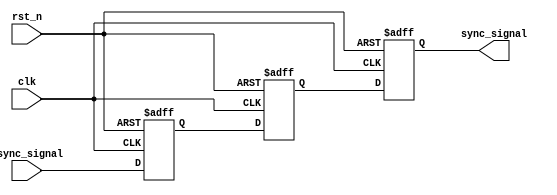
module triple_ff_synchronizer (
    input wire clk,               // Clock signal
    input wire rst_n,             // Active low reset signal
    input wire async_signal,       // Asynchronous input signal
    output reg sync_signal         // Synchronized output signal
);

    // Internal signals for the flip-flops
    reg sync_signal_1;
    reg sync_signal_2;

    // Triple Flip-Flop Synchronizer
    always @(posedge clk or negedge rst_n) begin
        if (!rst_n) begin
            // Reset all flip-flops to 0
            sync_signal_1 <= 1'b0;
            sync_signal_2 <= 1'b0;
            sync_signal   <= 1'b0;
        end else begin
            // Capture the asynchronous signal in the first flip-flop
            sync_signal_1 <= async_signal;
            // Capture the output of the first flip-flop in the second flip-flop
            sync_signal_2 <= sync_signal_1;
            // Capture the output of the second flip-flop in the third flip-flop
            sync_signal <= sync_signal_2;
        end
    end

endmodule